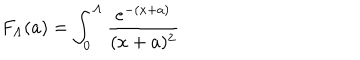
F _ { \Lambda } ( a ) = \int _ { 0 } ^ { \Lambda } \frac { e ^ { - ( x + a ) } } { ( x + a ) ^ { 2 } }